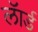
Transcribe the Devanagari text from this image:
लॅार्ड